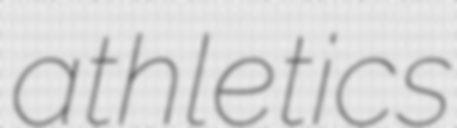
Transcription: athletics